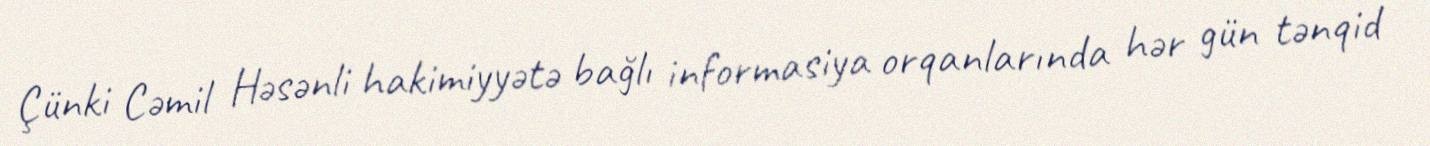
Çünki Cəmil Həsənli hakimiyyətə bağlı informasiya orqanlarında hər gün tənqid